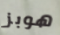
هوبز